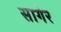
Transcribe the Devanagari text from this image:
सागेर